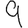
Digit: 9